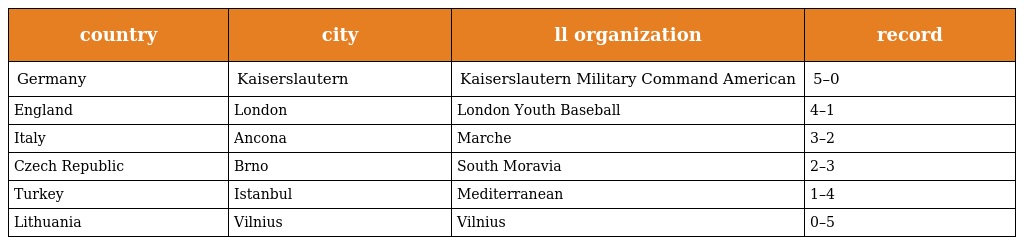
| country | city | ll organization | record |
 | --- | --- | --- | --- |
 | Germany | Kaiserslautern | Kaiserslautern Military Command American | 5–0 |
 | England | London | London Youth Baseball | 4–1 |
 | Italy | Ancona | Marche | 3–2 |
 | Czech Republic | Brno | South Moravia | 2–3 |
 | Turkey | Istanbul | Mediterranean | 1–4 |
 | Lithuania | Vilnius | Vilnius | 0–5 |